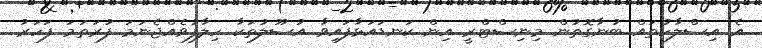
އެ އިސްލާހުތައް ބުނާގޮތުން މިނިސްޓްރީ އިން ކަނޑައަޅާފައިވާ އުސޫލުތަކާ ހިލާފުވެއްޖެނަމަ ފުރަތަމަ ފަހަރު